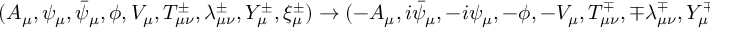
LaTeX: ( A _ { \mu } , \psi _ { \mu } , \bar { \psi } _ { \mu } , \phi , V _ { \mu } , T _ { \mu \nu } ^ { \pm } , \lambda _ { \mu \nu } ^ { \pm } , Y _ { \mu } ^ { \pm } , \xi _ { \mu } ^ { \pm } ) \rightarrow ( - A _ { \mu } , i \bar { \psi } _ { \mu } , - i \psi _ { \mu } , - \phi , - V _ { \mu } , T _ { \mu \nu } ^ { \mp } , \mp \lambda _ { \mu \nu } ^ { \mp } , Y _ { \mu } ^ { \mp } , \mp \xi _ { \mu } ^ { \mp } ) ,